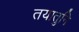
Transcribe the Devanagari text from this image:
तयातुनि